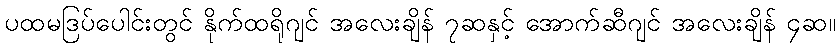
ပထမဒြပ်ပေါင်းတွင် နိုက်ထရိုဂျင် အလေးချိန် ၇ဆနှင့် အောက်ဆီဂျင် အလေးချိန် ၄ဆ။